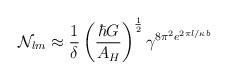
LaTeX: \begin{align*}{\cal N}_{lm} \approx {1\over\delta}\left({\hbar G\over A_H}\right)^{1\over 2}\gamma^{8\pi^{2}e^{2\pi l/\kappa b}}\end{align*}